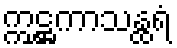
ဣဋ္ဌကာသန္ထရံ